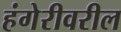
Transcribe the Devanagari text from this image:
हंगेरीवरील